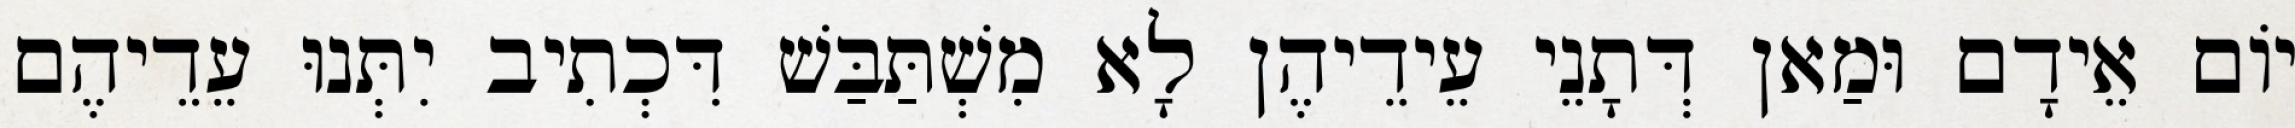
יוֹם אֵידָם וּמַאן דְּתָנֵי עֵידֵיהֶן לָא מִשְׁתַּבַּשׁ דִּכְתִיב יִתְּנוּ עֵדֵיהֶם